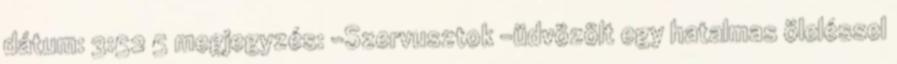
dátum: 3:52 5 megjegyzés: -Szervusztok -üdvözölt egy hatalmas öleléssel